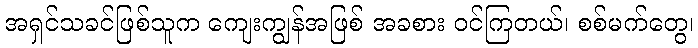
အရှင်သခင်ဖြစ်သူက ကျေးကျွန်အဖြစ် အခစား ဝင်ကြတယ်၊ စစ်မက်တွေ၊